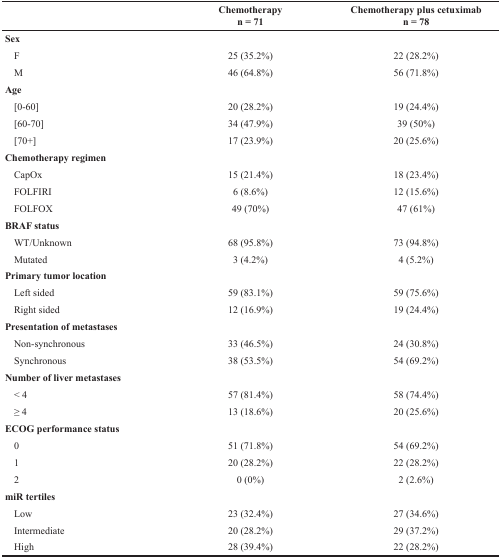
<table><thead><tr><td></td><td><b>Chemotherapyn = 71</b></td><td><b>Chemotherapy plus cetuximabn = 78</b></td></tr></thead><tbody><tr><td><b>Sex</b></td><td></td><td></td></tr><tr><td> F</td><td>25 (35.2%)</td><td>22 (28.2%)</td></tr><tr><td> M</td><td>46 (64.8%)</td><td>56 (71.8%)</td></tr><tr><td><b>Age</b></td><td></td><td></td></tr><tr><td> [0-60]</td><td>20 (28.2%)</td><td>19 (24.4%)</td></tr><tr><td> [60-70]</td><td>34 (47.9%)</td><td>39 (50%)</td></tr><tr><td> [70+]</td><td>17 (23.9%)</td><td>20 (25.6%)</td></tr><tr><td><b>Chemotherapy regimen</b></td><td></td><td></td></tr><tr><td> CapOx</td><td>15 (21.4%)</td><td>18 (23.4%)</td></tr><tr><td> FOLFIRI</td><td>6 (8.6%)</td><td>12 (15.6%)</td></tr><tr><td> FOLFOX</td><td>49 (70%)</td><td>47 (61%)</td></tr><tr><td><b>BRAF status</b></td><td></td><td></td></tr><tr><td> WT/Unknown</td><td>68 (95.8%)</td><td>73 (94.8%)</td></tr><tr><td> Mutated</td><td>3 (4.2%)</td><td>4 (5.2%)</td></tr><tr><td><b>Primary tumor location</b></td><td></td><td></td></tr><tr><td> Left sided</td><td>59 (83.1%)</td><td>59 (75.6%)</td></tr><tr><td> Right sided</td><td>12 (16.9%)</td><td>19 (24.4%)</td></tr><tr><td><b>Presentation of metastases</b></td><td></td><td></td></tr><tr><td> Non-synchronous</td><td>33 (46.5%)</td><td>24 (30.8%)</td></tr><tr><td> Synchronous</td><td>38 (53.5%)</td><td>54 (69.2%)</td></tr><tr><td><b>Number of liver metastases</b></td><td></td><td></td></tr><tr><td> &lt; 4</td><td>57 (81.4%)</td><td>58 (74.4%)</td></tr><tr><td> ≥ 4</td><td>13 (18.6%)</td><td>20 (25.6%)</td></tr><tr><td><b>ECOG performance status</b></td><td></td><td></td></tr><tr><td> 0</td><td>51 (71.8%)</td><td>54 (69.2%)</td></tr><tr><td> 1</td><td>20 (28.2%)</td><td>22 (28.2%)</td></tr><tr><td> 2</td><td>0 (0%)</td><td>2 (2.6%)</td></tr><tr><td><b>miR tertiles</b></td><td></td><td></td></tr><tr><td> Low</td><td>23 (32.4%)</td><td>27 (34.6%)</td></tr><tr><td> Intermediate</td><td>20 (28.2%)</td><td>29 (37.2%)</td></tr><tr><td> High</td><td>28 (39.4%)</td><td>22 (28.2%)</td></tr></tbody></table>